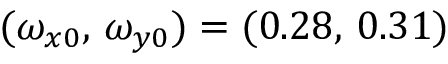
( \omega _ { x 0 } , \, \omega _ { y 0 } ) = ( 0 . 2 8 , \, 0 . 3 1 )